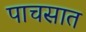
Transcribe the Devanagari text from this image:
पाचसात